Civil Veterinary Department Bengal reports 1923-33 - 1923-1933
Year: 1923
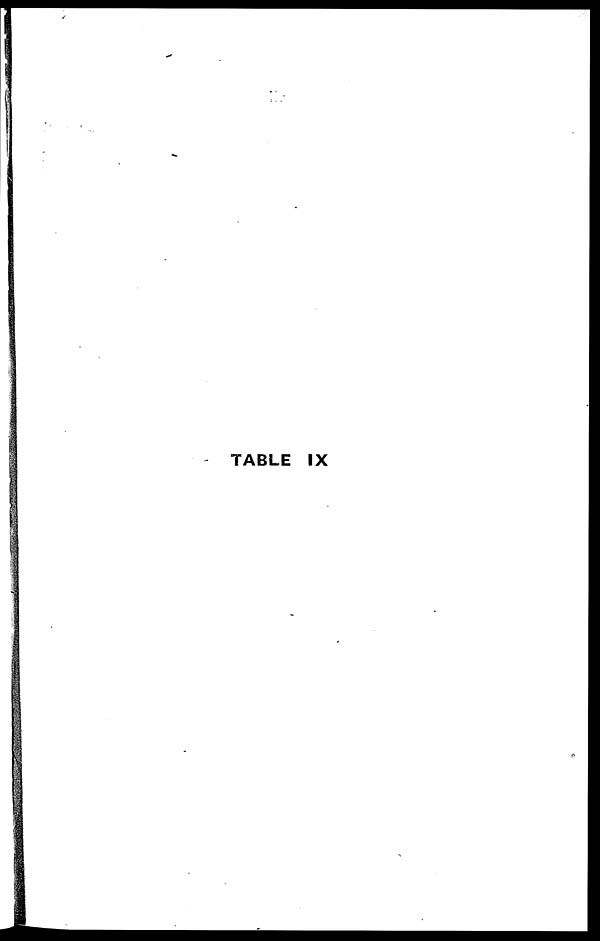
TABLE IX